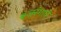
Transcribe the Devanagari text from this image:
बजरंगाचे